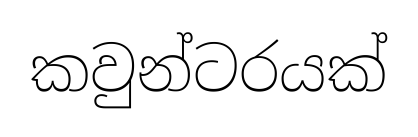
කවුන්ටරයක්